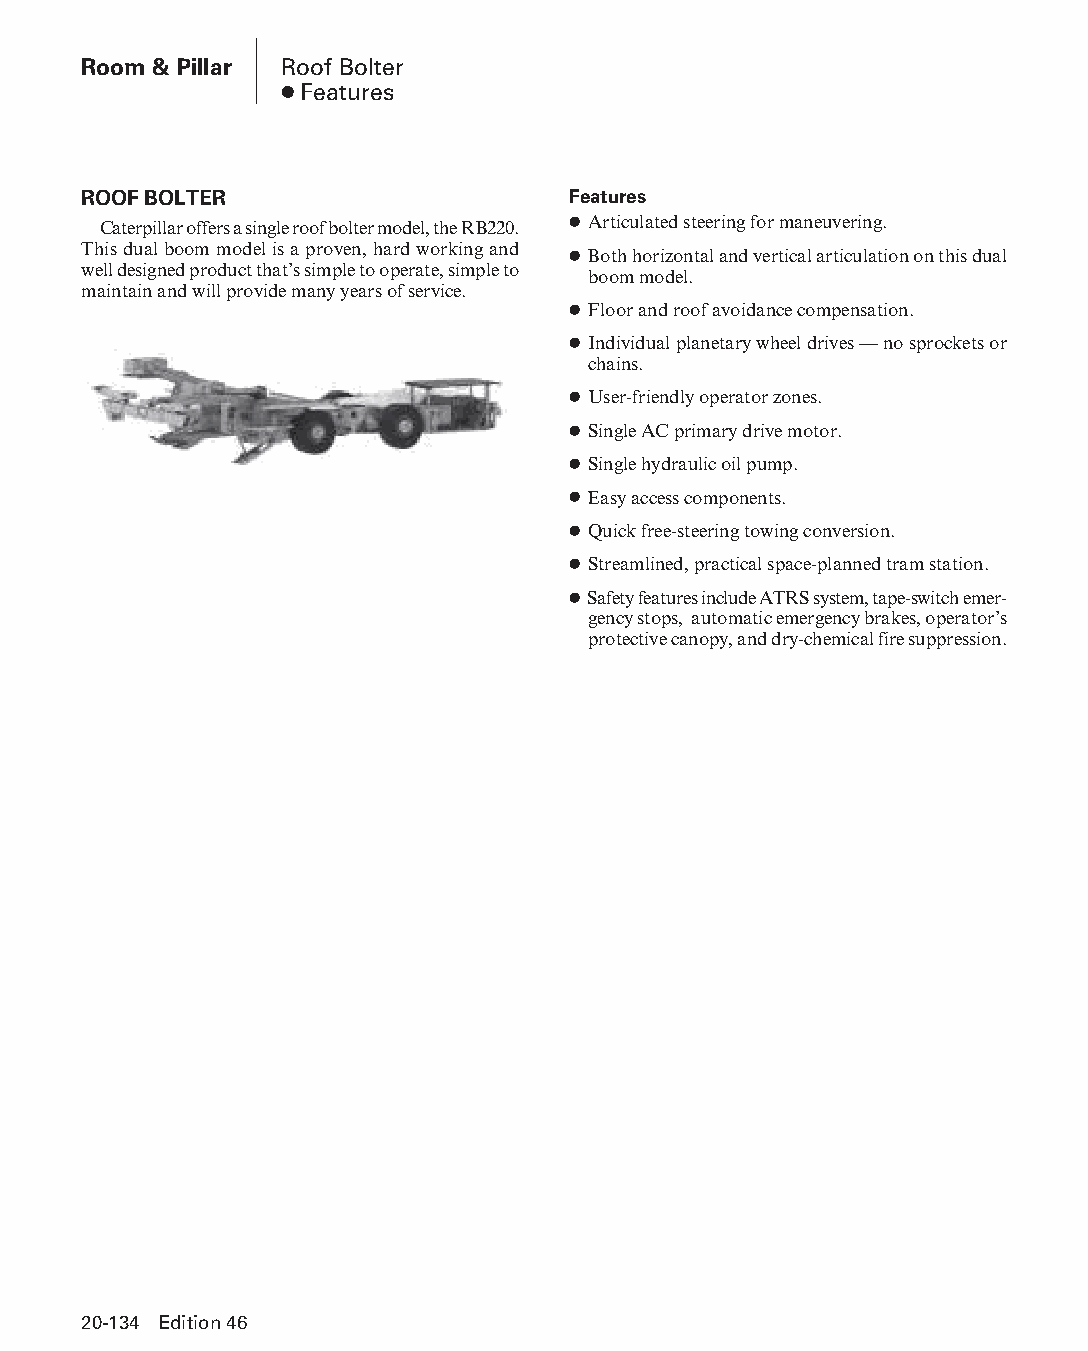
Room & Pillar Roof Bolter
 ● Features
 ROOF BOLTER                     Features
 Caterpillar offers a single roof bolter model, the RB220. ● Articulated steering for maneuvering.
 This dual boom model is a proven, hard working and ● Both horizontal and vertical articulation on this dual
 well designed product that’s simple to operate, simple to
 boom model.
 maintain and will provide many years of service.
 ● Floor and roof avoidance compensation.
 ● Individual planetary wheel drives — no sprockets or
 chains.
 ● User-friendly operator zones.
 ● Single AC primary drive motor.
 ● Single hydraulic oil pump.
 ● Easy access components.
 ● Quick free-steering towing conversion.
 ● Streamlined, practical space-planned tram station.
 ● Safety features include ATRS system, tape-switch emer-
 gency stops, automatic emergency brakes, operator’s
 protective canopy, and dry-chemical fire suppression.
 20-134 Edition 46
 PPHHBB--SSeecc2200--RRoooomm__PPiillllaarr((ppgg112211--114488))..iinndddd 113344 1122//44//1155 1111::0033 AAMM